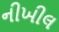
નીખીલ